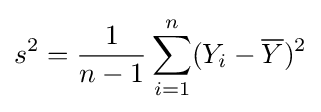
s^{2}={\frac {1}{n-1}}\sum _{i=1}^{n}(Y_{i}-{\overline {Y}})^{2}